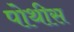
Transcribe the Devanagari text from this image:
पोथीस